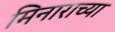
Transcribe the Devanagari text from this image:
मिनाराच्या